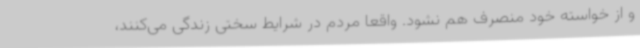
و از خواسته خود منصرف هم نشود. واقعا مردم در شرایط سختی زندگی می‌کنند،